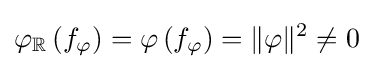
\varphi _{\mathbb {R} }\left(f_{\varphi }\right)=\varphi \left(f_{\varphi }\right)=\|\varphi \|^{2}\neq 0